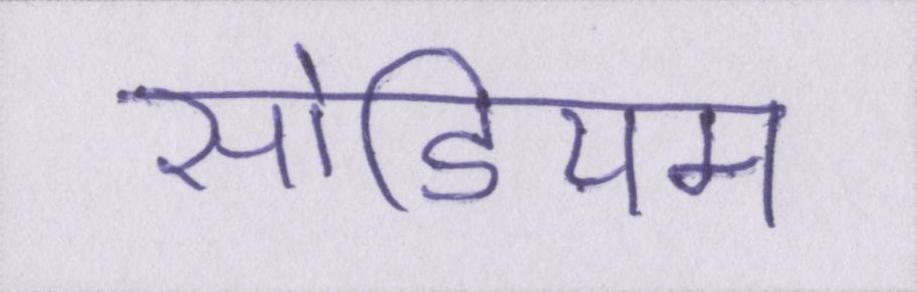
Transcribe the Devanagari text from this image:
सोडियम